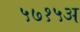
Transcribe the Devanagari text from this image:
५७१५अ